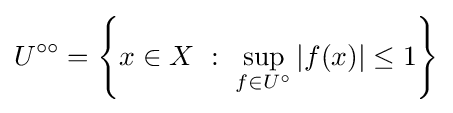
U^{\circ \circ }=\left\{x\in X~:~\sup _{f\in U^{\circ }}|f(x)|\leq 1\right\}